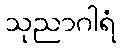
သုညာဂါရံ